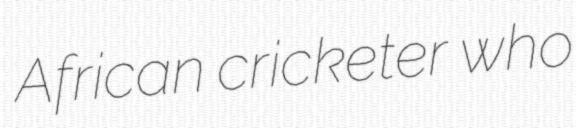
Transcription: African cricketer who